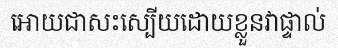
អោយជាសះស្បើយដោយខ្លួនវាផ្ទាល់